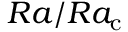
R a / R a _ { \mathrm c }